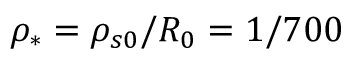
\rho _ { * } = \rho _ { s 0 } / R _ { 0 } = 1 / 7 0 0